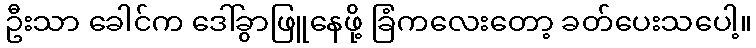
ဦးသာ ခေါင်က ဒေါ်ခွာဖြူနေဖို့ ခြံကလေးတော့ ခတ်ပေးသပေါ့။